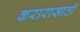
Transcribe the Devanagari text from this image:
करारासाठी